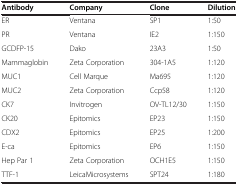
<table><thead><tr><td><b>Antibody</b></td><td><b>Company</b></td><td><b>Clone</b></td><td><b>Dilution</b></td></tr></thead><tbody><tr><td>ER</td><td>Ventana</td><td>SP1</td><td>1:50</td></tr><tr><td>PR</td><td>Ventana</td><td>IE2</td><td>1:150</td></tr><tr><td>GCDFP-15</td><td>Dako</td><td>23A3</td><td>1:50</td></tr><tr><td>Mammaglobin</td><td>Zeta Corporation</td><td>304-1A5</td><td>1:120</td></tr><tr><td>MUC1</td><td>Cell Marque</td><td>Ma695</td><td>1:120</td></tr><tr><td>MUC2</td><td>Zeta Corporation</td><td>Ccp58</td><td>1:120</td></tr><tr><td>CK7</td><td>Invitrogen</td><td>OV-TL12/30</td><td>1:150</td></tr><tr><td>CK20</td><td>Epitomics</td><td>EP23</td><td>1:150</td></tr><tr><td>CDX2</td><td>Epitomics</td><td>EP25</td><td>1:200</td></tr><tr><td>E-ca</td><td>Epitomics</td><td>EP6</td><td>1:150</td></tr><tr><td>Hep Par 1</td><td>Zeta Corporation</td><td>OCH1E5</td><td>1:150</td></tr><tr><td>TTF-1</td><td>LeicaMicrosystems</td><td>SPT24</td><td>1:180</td></tr></tbody></table>